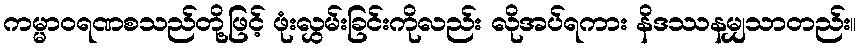
ကမ္မာဝရဏစသည်တို့ဖြင့် ဖုံးလွှမ်းခြင်းကိုလည်း လိုအပ်ရကား နိဒဿနမျှသာတည်း။